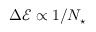
\Delta \mathcal { E } \propto 1 / N _ { \star }